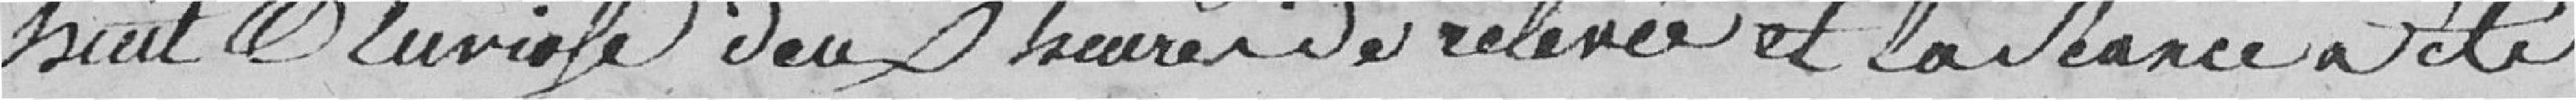
huit Pluviôse deux heures de relevée et la séance a été